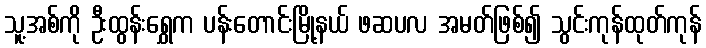
သူ့အစ်ကို ဦးထွန်းရွှေက ပန်းတောင်းမြို့နယ် ဖဆပလ အမတ်ဖြစ်၍ သွင်းကုန်ထုတ်ကုန်